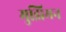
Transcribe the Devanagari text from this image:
मुझिमन